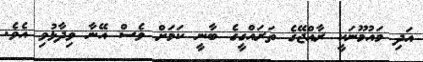
އަދި މައުމޫނަކީ ރާއްޖޭގެ ތަރައްގީގެ ބާނީ ކަމަށް ވެސް އޭނާ ވިދާޅުވި އެވެ.